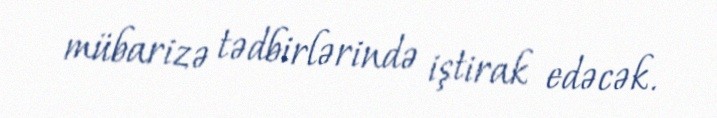
mübarizə tədbirlərində iştirak edəcək.